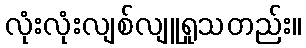
လုံးလုံးလျစ်လျူရှုသတည်း။